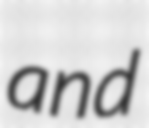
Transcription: and